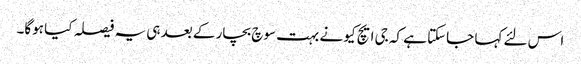
اس لئے کہا جاسکتا ہے کہ جی ایچ کیو نے بہت سوچ بچار کے بعد ہی یہ فیصلہ کیا ہوگا۔